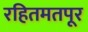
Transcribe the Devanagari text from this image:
रहितमतपूर